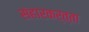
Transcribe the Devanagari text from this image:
संहारकर्त्ता